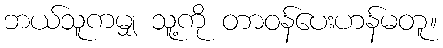
ဘယ်သူကမျှ သူ့ကို တာဝန်ပေးဟန်မတူ။